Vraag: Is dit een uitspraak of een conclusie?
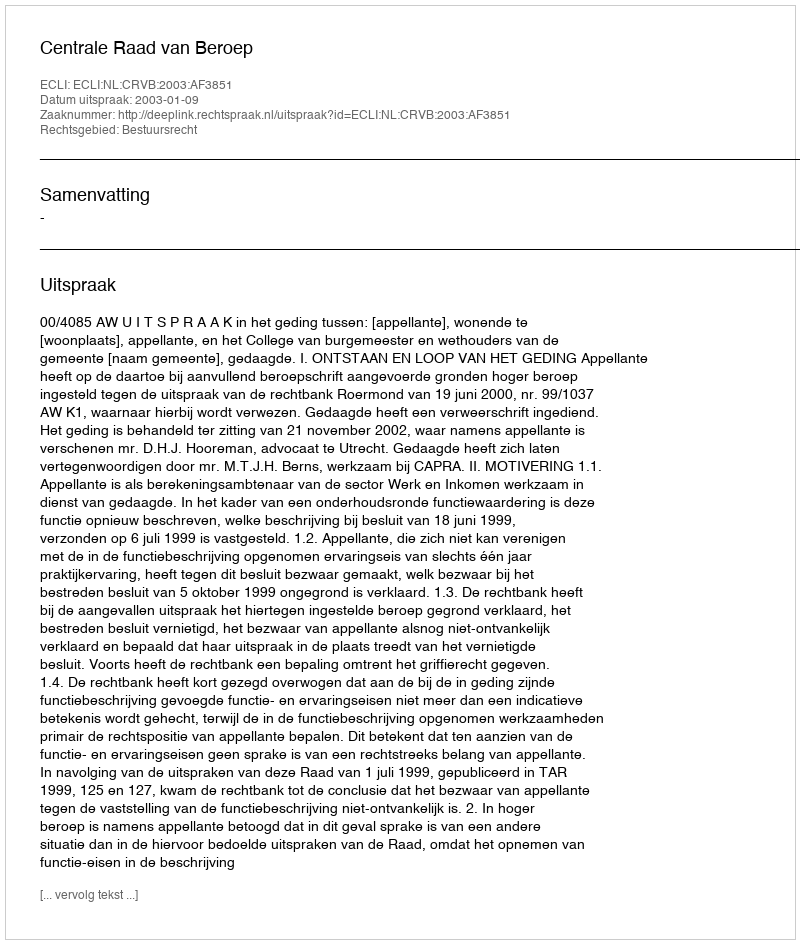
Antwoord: Uitspraak